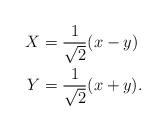
LaTeX: \begin{align*} X &= \frac{1}{\sqrt{2}}(x-y) \\ Y &= \frac{1}{\sqrt{2}}(x+y).\end{align*}